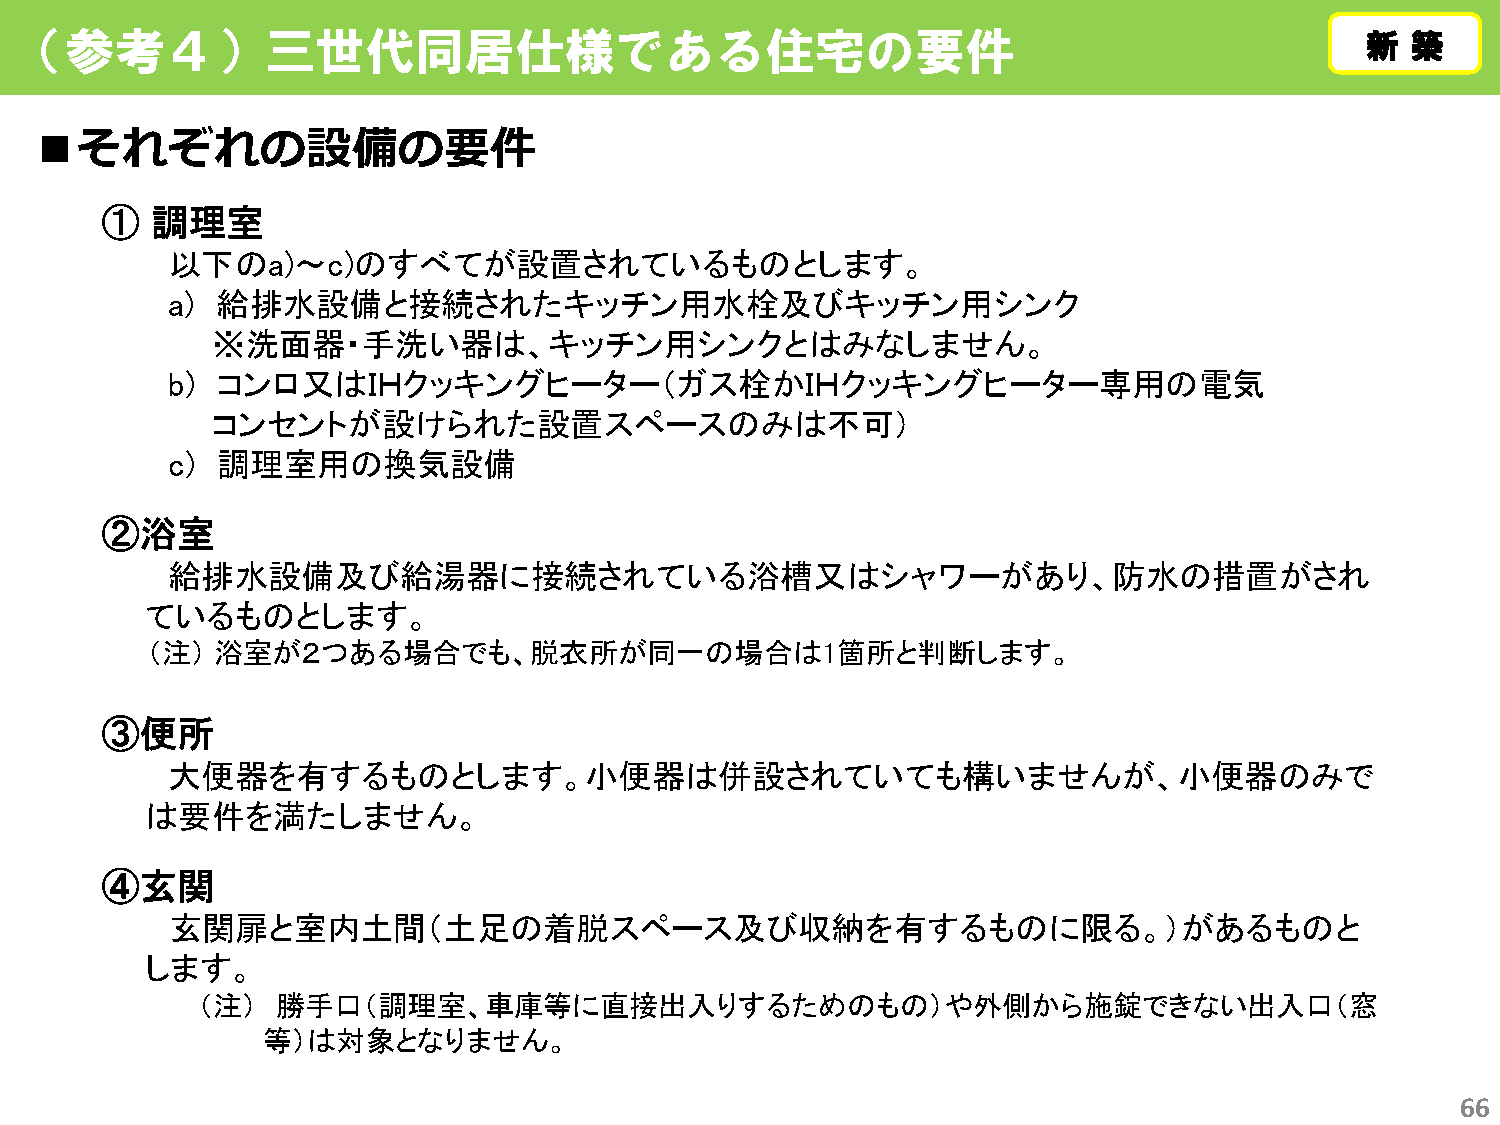
（参考４）三世代同居仕様である住宅の要件                                                                     新新 築築
 ■それぞれの設備の要件
 ①  調理室
 以下のa)～c)のすべてが設置されているものとします。
 a) 給排水設備と接続されたキッチン用水栓及びキッチン用シンク
 ※洗面器・手洗い器は、キッチン用シンクとはみなしません。
 b) コンロ又はＩＨクッキングヒーター（ガス栓かＩＨクッキングヒーター専用の電気
 コンセントが設けられた設置スペースのみは不可）
 c) 調理室用の換気設備
 ②浴室
 給排水設備及び給湯器に接続されている浴槽又はシャワーがあり、防水の措置がされ
 ているものとします。
 （注） 浴室が２つある場合でも、脱衣所が同一の場合は1箇所と判断します。
 ③便所
 大便器を有するものとします。小便器は併設されていても構いませんが、小便器のみで
 は要件を満たしません。
 ④玄関
 玄関扉と室内土間（土足の着脱スペース及び収納を有するものに限る。）があるものと
 します。
 （注）  勝手口（調理室、車庫等に直接出入りするためのもの）や外側から施錠できない出入口（窓
 等）は対象となりません。
 66